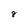
Character: 8